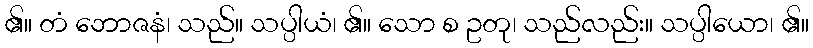
၏။ တံ ဘောဇနံ၊ သည်။ သပ္ပါယံ၊ ၏။ သော စ ဥတု၊ သည်လည်း။ သပ္ပါယော၊ ၏။